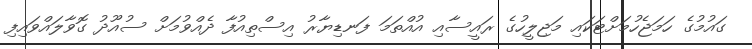
ގައުމުގެ ހަމަޖެހުމަށްޓަކައި މަޖިލީހުގެ ރައީސާއި އުއްތަމަ ފަނޑިޔާރު އިސްތިއުފާ ދެއްވުމަށް ސުއޫދު ގޮވާލައްވައިފި